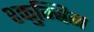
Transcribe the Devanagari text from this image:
श्कुम्बिन